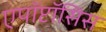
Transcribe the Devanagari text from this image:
एपॉप्टॉसिस